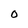
Character: 0